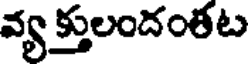
వ్య క్తులందంతట